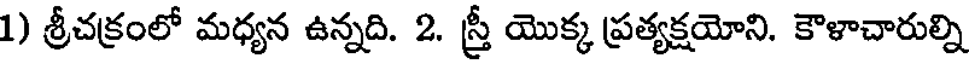
1) శ్రీచక్రంలో మధ్యన ఉన్నది. 2. స్త్రీ యొక్క ప్రత్యక్షయోని. కౌళాచారుల్ని